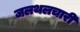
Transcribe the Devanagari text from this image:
जलथलचारी